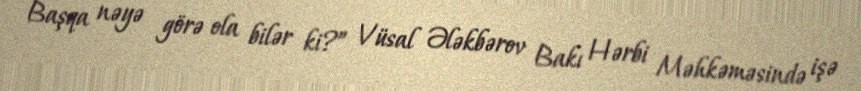
Başqa nəyə görə ola bilər ki?” Vüsal Ələkbərov Bakı Hərbi Məhkəməsində işə